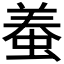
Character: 𧌶